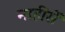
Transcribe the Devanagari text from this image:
नाहींसें